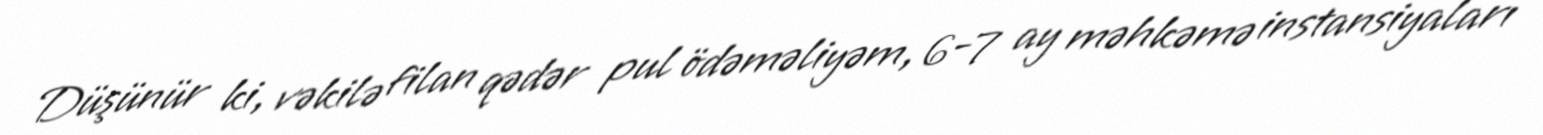
Düşünür ki, vəkilə filan qədər pul ödəməliyəm, 6-7 ay məhkəmə instansiyaları